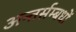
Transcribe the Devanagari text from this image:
अन्तर्सम्बधों